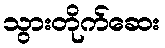
သွားတိုက်ဆေး